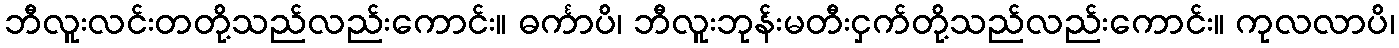
ဘီလူးလင်းတတို့သည်လည်းကောင်း။ ဓင်္ကာပိ၊ ဘီလူးဘုန်းမတီးငှက်တို့သည်လည်းကောင်း။ ကုလလာပိ၊